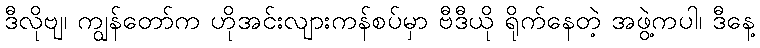
ဒီလိုဗျ၊ ကျွန်တော်က ဟိုအင်းလျားကန်စပ်မှာ ဗီဒီယို ရိုက်နေတဲ့ အဖွဲ့ကပါ၊ ဒီနေ့